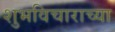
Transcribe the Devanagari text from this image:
शुभविचाराच्या